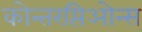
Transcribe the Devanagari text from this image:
कोन्तरप्तिओन्स्